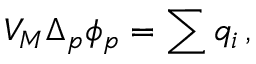
V _ { \cal M } \Delta _ { p } \phi _ { p } = \sum q _ { i } \, ,